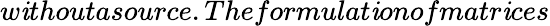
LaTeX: w\mathit{i}thoutasource.The{formulat\mathit{i}onofmatr\mathit{i}ces}